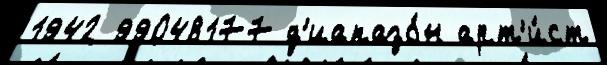
1942 99048177 д'иапазо́н арт'и́ст